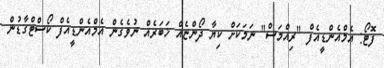
ފޮޓޯ: އެމްއެންޑީއެފް "ރިއްމަސް" ނަމަކަށް ކިޔާ ދޯންޏެއް ޚަބަރެއް ނުވެގެން އެމްއެންޑީއެފް ކޯސްޓްގާޑުން